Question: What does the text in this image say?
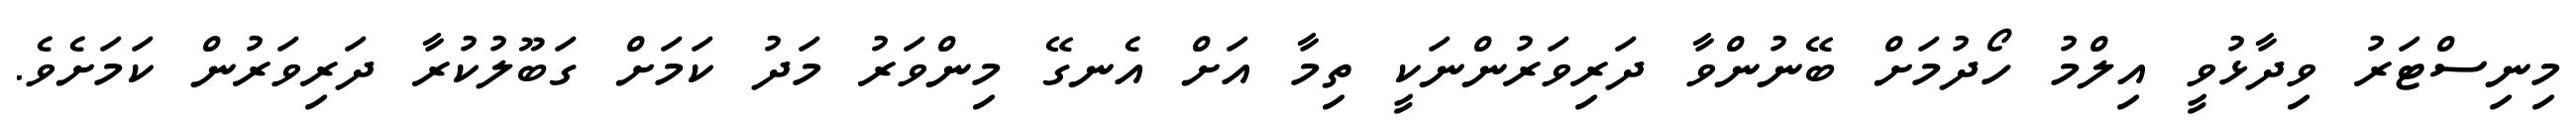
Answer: މިނިސްޓަރު ވިދާޅުވީ އިލްމު ހޯދުމަށް ބޭނުންވާ ދަރިވަރުންނަކީ ތިމާ އަށް އެނގޭ މިންވަރު މަދު ކަމަށް ގަބޫލުކުރާ ދަރިވަރުން ކަމަށެވެ.